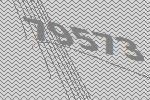
79573